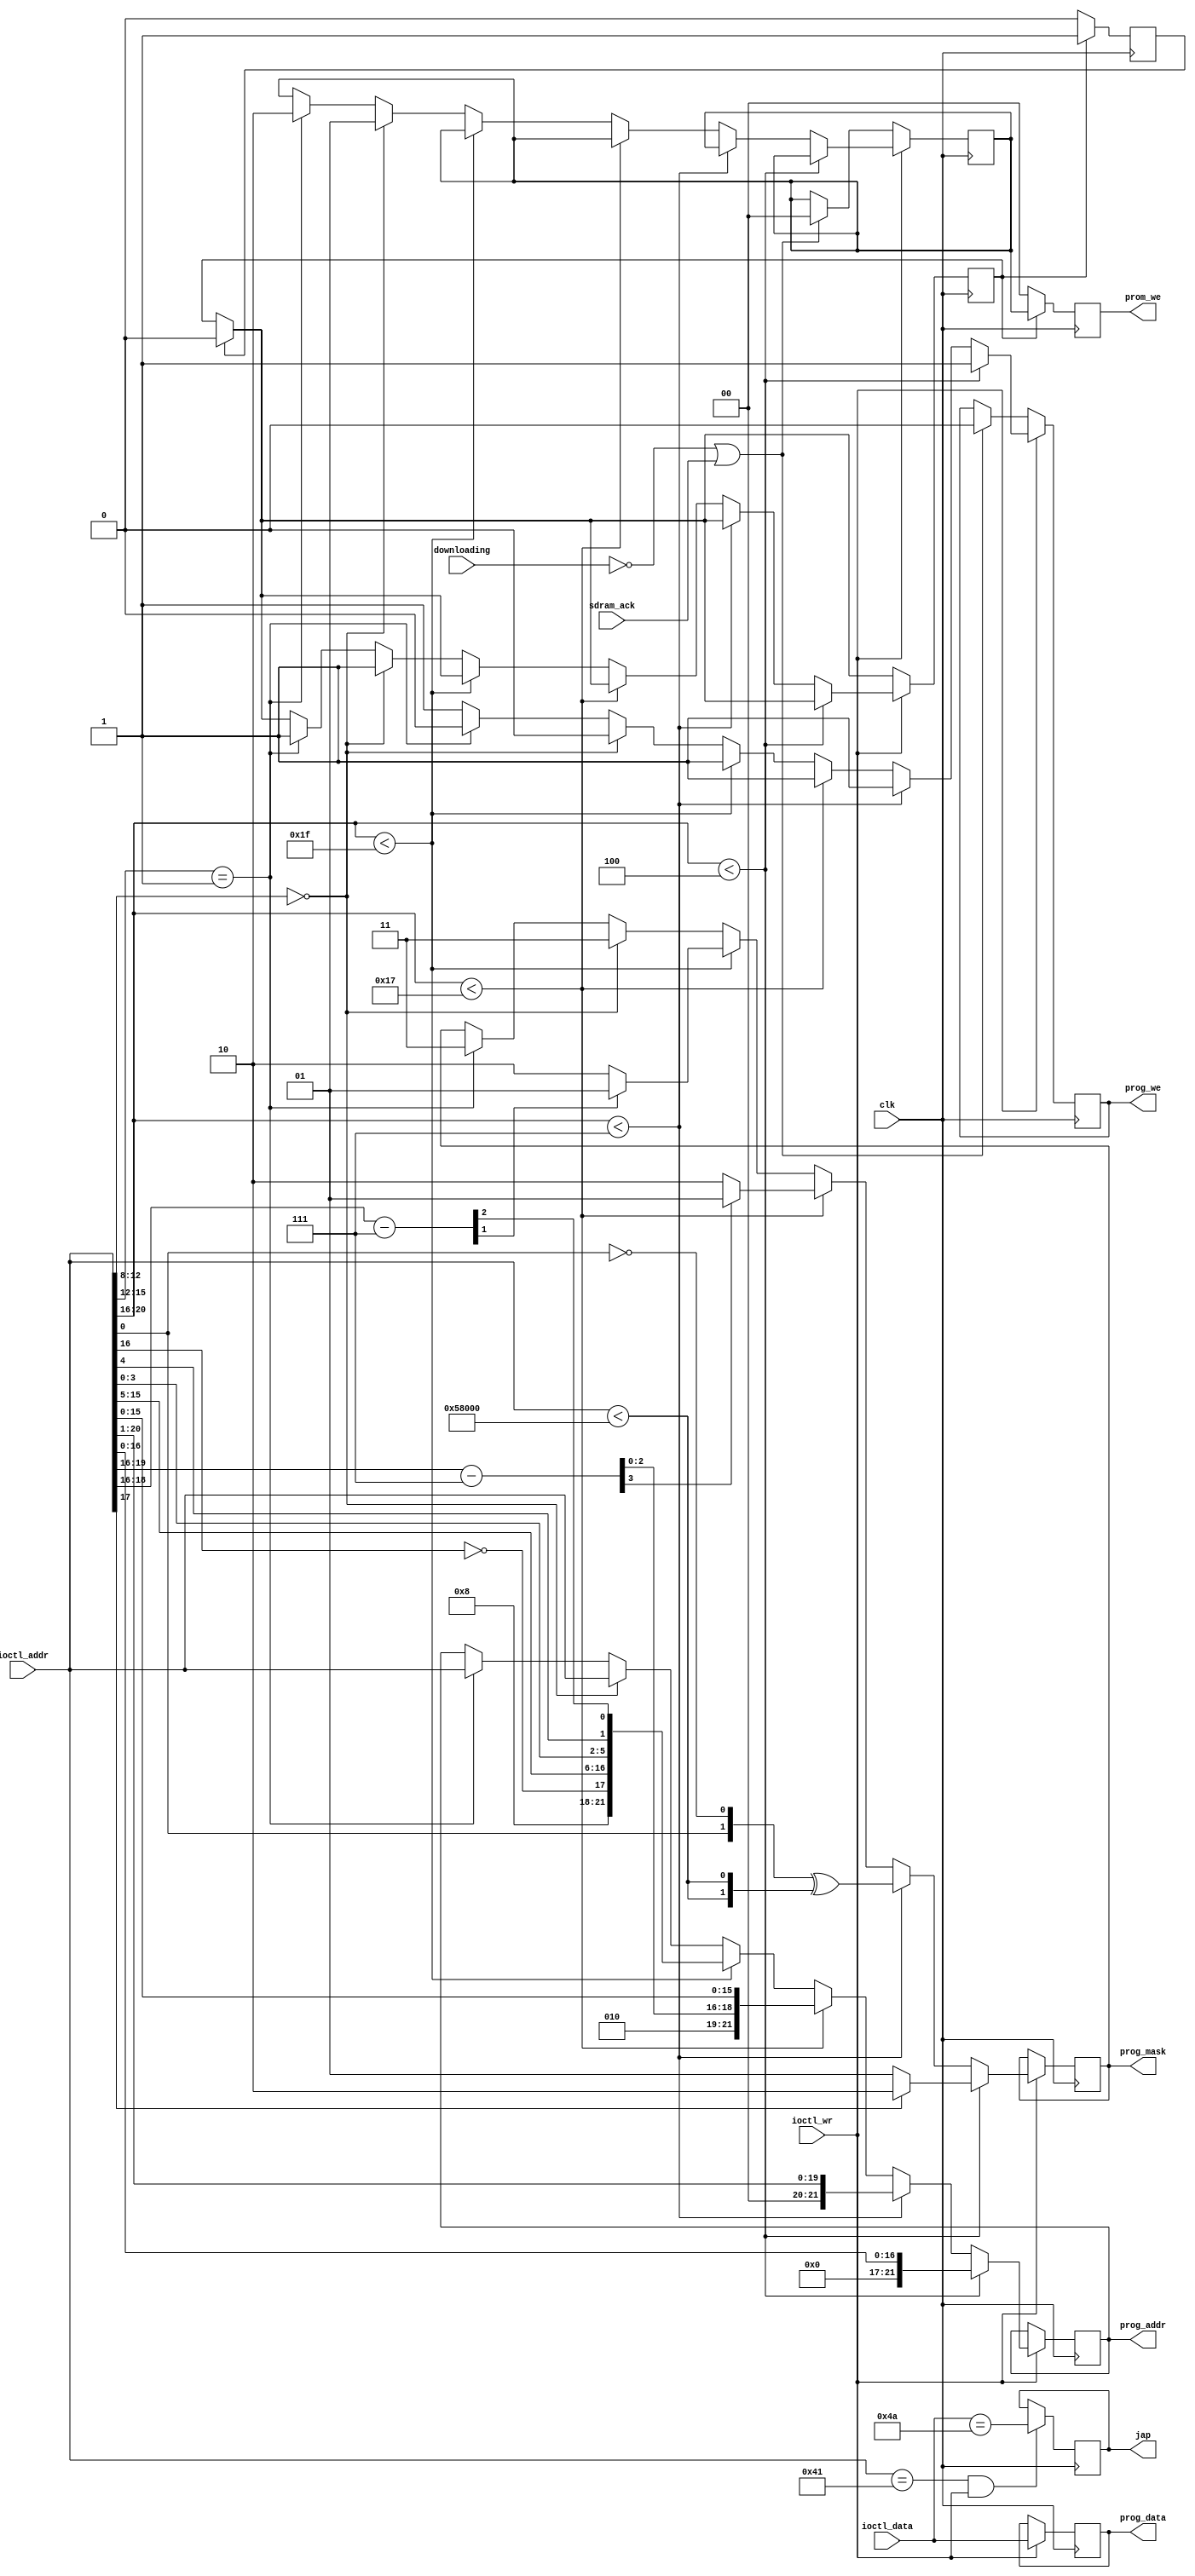
/*  This file is part of JT_GNG.
    JT_GNG program is free software: you can redistribute it and/or modify
    it under the terms of the GNU General Public License as published by
    the Free Software Foundation, either version 3 of the License, or
    (at your option) any later version.

    JT_GNG program is distributed in the hope that it will be useful,
    but WITHOUT ANY WARRANTY; without even the implied warranty of
    MERCHANTABILITY or FITNESS FOR A PARTICULAR PURPOSE.  See the
    GNU General Public License for more details.

    You should have received a copy of the GNU General Public License
    along with JT_GNG.  If not, see <http://www.gnu.org/licenses/>.

    Author: Jose Tejada Gomez. Twitter: @topapate
    Version: 1.0
    Date: 29-6-2019 */


module jttora_prom_we(
    input                clk,
    input                downloading,
    input      [21:0]    ioctl_addr,
    input      [ 7:0]    ioctl_data,
    input                ioctl_wr,
    output reg [21:0]    prog_addr,
    output reg [ 7:0]    prog_data,
    output reg [ 1:0]    prog_mask, // active low
    output reg           prog_we,
    output reg [ 1:0]    prom_we,
    input                sdram_ack,
    output reg           jap=1'b1   // high if the Japanese version was loaded
);

localparam MAIN0_ADDR  = 22'h00000;
localparam MAIN1_ADDR  = 22'h20000;
localparam SND_ADDR    = 22'h40000;
localparam SND2_ADDR   = 22'h48000;
localparam CHAR_ADDR   = 22'h58000;
localparam MAP_ADDR    = 22'h60000;
// Scroll 1/2
localparam SCRZW_ADDR  = 22'h70000;
localparam SCRXY_ADDR  = 22'hF0000;
// even words
localparam OBJWZ_ADDR0 = 22'h170000;
localparam OBJXY_ADDR0 = 22'h190000;
// odd words
localparam OBJWZ_ADDR1 = 22'h1B0000;
localparam OBJXY_ADDR1 = 22'h1D0000;
// FPGA BRAM:
localparam PROM_ADDR   = 22'h1F0000;
// repetition          = 22'h1F0100;
// ROM length 1F0100 Tiger Road
localparam MCU_ADDR    = 22'h1F1000;
// ROM length 1F2000 F1 Dream




`ifdef SIMULATION
// simulation watchers
reg w_main, w_snd, w_char, w_scr, w_obj, w_mcu, w_prom;
`define CLR_ALL   {w_main, w_snd, w_char, w_scr, w_obj, w_mcu, w_prom} <= 7'd0;
`define INFO_MAIN  w_main <= 1'b1;
`define INFO_SND   w_snd  <= 1'b1;
`define INFO_CHAR  w_char <= 1'b1;
`define INFO_SCR   w_scr  <= 1'b1;
`define INFO_OBJ   w_obj  <= 1'b1;
`define INFO_MCU   w_mcu  <= 1'b1;
`define INFO_PROM  w_prom <= 1'b1;
`else
// nothing for synthesis
`define CLR_ALL  
`define INFO_MAIN 
`define INFO_SND  
`define INFO_CHAR 
`define INFO_SCR  
`define INFO_OBJ  
`define INFO_MCU  
`define INFO_PROM 
`endif

// offset the SDRAM programming address by 
wire [4:0] scr_msb = ioctl_addr[20:16]-5'h07;
wire [4:0] obj_msb = ioctl_addr[20:16]-5'h17;

reg       set_strobe=1'b0, set_done=1'b0;
reg [1:0] prom_we0  =2'd0;

always @(posedge clk) begin
    prom_we <= 2'd0;
    if( set_strobe ) begin
        prom_we <= prom_we0;
        set_done <= 1'b1;
    end else if(set_done) begin
        set_done <= 1'b0;
    end
end

reg obj_part;
wire insnd = ioctl_addr<CHAR_ADDR;

always @(posedge clk) begin
    if( set_done ) set_strobe <= 1'b0;
    if ( ioctl_wr ) begin
        prog_we   <= 1'b1;
        prog_data <= ioctl_data;
        `CLR_ALL
        if( ioctl_addr[20:16] < SND_ADDR[20:16] ) begin // Main ROM, 16 bits per word
            prog_addr <= {1'b0, ioctl_addr[16:0]}; // A[17] ignored
                // because it sets the boundary
            prog_mask <= ioctl_addr[17]==1'b1 ? 2'b10 : 2'b01;            
            `INFO_MAIN
        end
        else if(ioctl_addr[20:16] < SCRZW_ADDR[20:16]) begin
            // Sound ROM, CHAR ROM
            prog_addr <= {2'b0, ioctl_addr[20:16], ioctl_addr[15:1]};
            prog_mask <= {ioctl_addr[0], ~ioctl_addr[0]} ^ {2{insnd}};
            `INFO_SND
        end
        else if(ioctl_addr[20:16] < OBJWZ_ADDR0[20:16] ) begin // Scroll
            // saved to 22'h10_0000  
            prog_mask <= scr_msb[3] ? 2'b01 : 2'b10;
            prog_addr <= { 3'b10,
                scr_msb[2:0],
                ioctl_addr[15:0] }; // original bit order
            `INFO_SCR
        end    
        else if(ioctl_addr[20:16] < PROM_ADDR[20:16] ) begin // Objects
            // saved to 22'h20_0000
            prog_mask <= !obj_msb[1] ? 2'b10 : 2'b01;
            prog_addr <= { 4'b10_00,
                ~ioctl_addr[16],
                ioctl_addr[15:5], 
                ioctl_addr[3:0],
                ioctl_addr[4],
                obj_msb[2]}; // odd or even
            `INFO_OBJ
        end
        else if(ioctl_addr[12:8]==5'd0) begin // Priority PROM
            prog_addr <= ioctl_addr;
            prog_we   <= 1'b0;
            prog_mask <= 2'b11;
            prom_we0  <= 2'b1;
            set_strobe<= 1'b1;
            `INFO_PROM
        end
        else if(ioctl_addr[15:12]==4'h1) begin // MCU ROM
            prog_addr <= ioctl_addr;
            prog_we   <= 1'b0;
            prog_mask <= 2'b11;
            prom_we0  <= 2'b10;
            set_strobe<= 1'b1;
            `INFO_MCU
        end
    end
    else if(!downloading || sdram_ack) begin
        prog_we  <= 1'b0;
        prom_we0 <= 2'd0;
    end
end

always @(posedge clk) begin
    if( ioctl_addr == 22'h41 && ioctl_wr )
        jap <= ioctl_data==8'h4A;
end

endmodule // jt1492_promprog